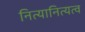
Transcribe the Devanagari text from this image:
नित्यानित्यत्व